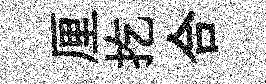
厘扢合